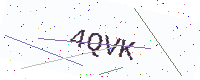
Text: 4QVK